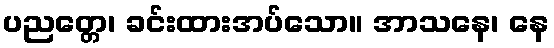
ပညတ္တေ၊ ခင်းထားအပ်သော။ အာသနေ၊ နေ